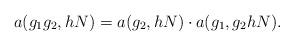
LaTeX: \begin{align*}a(g_1 g_2, hN) = a(g_2, hN)\cdot a(g_1, g_2 hN). \end{align*}